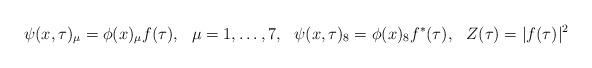
LaTeX: \begin{align*}\psi(x,\tau)_\mu =\phi(x)_\mu f(\tau),\ \ \mu=1,\dots,7,\ \ \psi(x,\tau)_8 =\phi(x)_8 f^*(\tau),\ \ Z(\tau)=|f(\tau)|^2\end{align*}